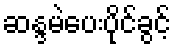
ဆန္ဒမဲပေးပိုင်ခွင့်